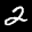
Digit: 2